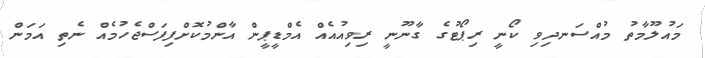
މައުލޫމާތު މުއްސަނދިވި ކޯނީ ރިޕޯޓުގެ ގާނޫނީ ރިވިއުއެއް އެމްޑީޕީން އާންމުކޮށްފިފަސްޖެހުމެއް ނެތި އަމަން